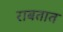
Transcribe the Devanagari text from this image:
राबतात